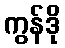
ကွန်ဒို